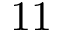
1 1